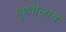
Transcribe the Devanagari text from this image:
पृथ्वीलाच